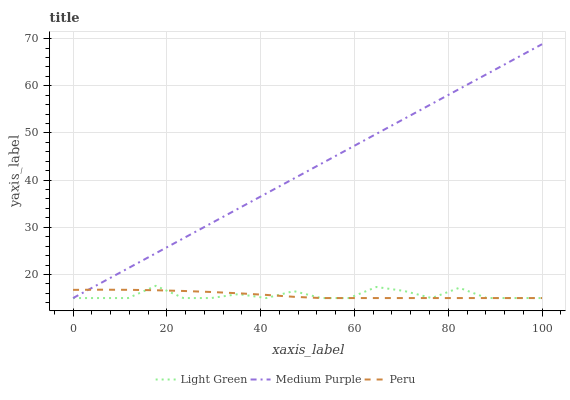
| xaxis_label | Light Green | Medium Purple | Peru |
 | --- | --- | --- | --- |
 | 0 | 15 | 15 | 16.7 |
 | 5.88 | 15 | 18.2 | 16.8 |
 | 11.8 | 15 | 21.3 | 16.7 |
 | 17.6 | 17.6 | 24.5 | 16.7 |
 | 23.5 | 15 | 27.7 | 16.5 |
 | 29.4 | 15 | 30.8 | 16.3 |
 | 35.3 | 15.8 | 34 | 16 |
 | 41.2 | 15 | 37.2 | 15.7 |
 | 47.1 | 16.5 | 40.3 | 15.3 |
 | 52.9 | 15 | 43.5 | 15 |
 | 58.8 | 15 | 46.7 | 15 |
 | 64.7 | 17.4 | 49.8 | 15 |
 | 70.6 | 16.5 | 53 | 15 |
 | 76.5 | 15 | 56.2 | 15 |
 | 82.4 | 17.2 | 59.3 | 15 |
 | 88.2 | 15 | 62.5 | 15 |
 | 94.1 | 15 | 65.6 | 15 |
 | 100 | 15 | 68.8 | 15 |